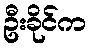
ဦးခိုင်က